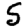
Digit: 5